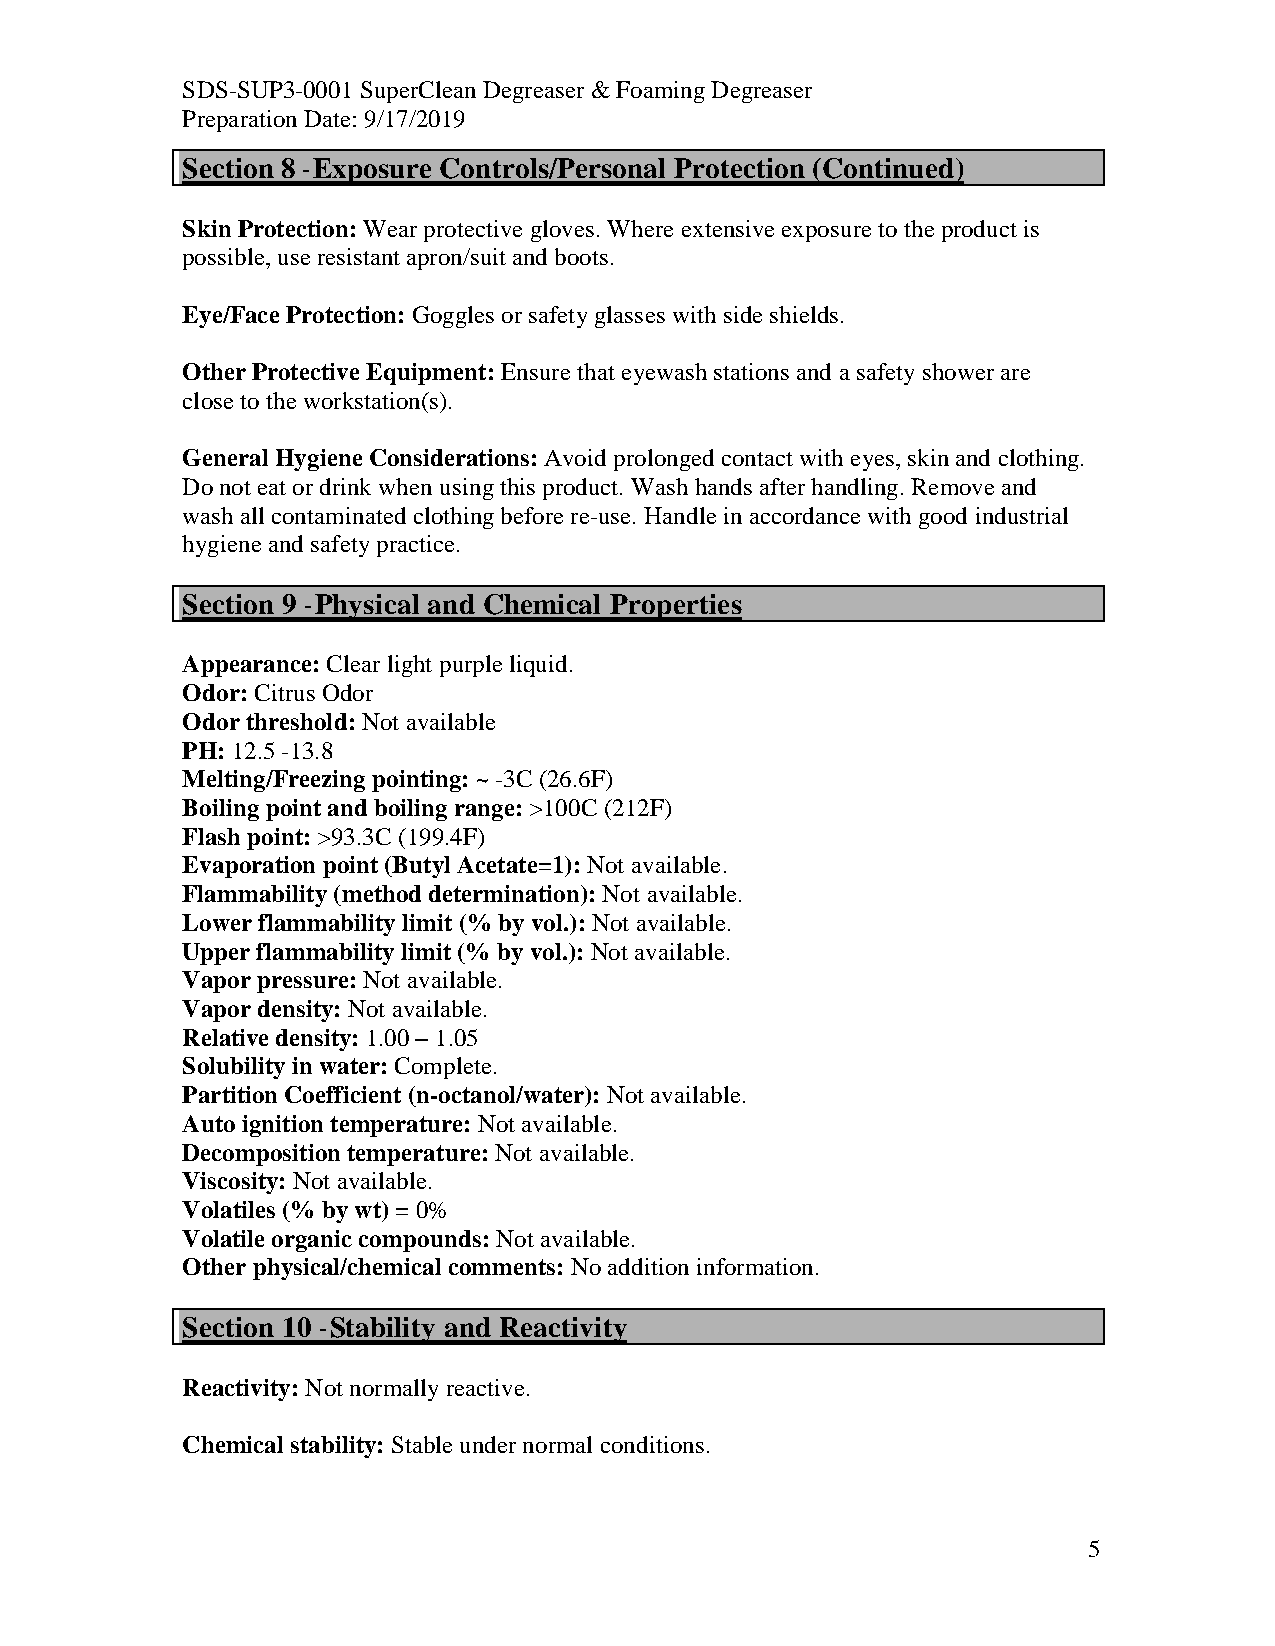
SDS-SUP3-0001 SuperClean Degreaser & Foaming Degreaser
 Preparation Date: 9/17/2019
 Section 8 – Exposure Controls/Personal Protection (Continued)
 Skin Protection: Wear protective gloves. Where extensive exposure to the product is
 possible, use resistant apron/suit and boots.
 Eye/Face Protection: Goggles or safety glasses with side shields.
 Other Protective Equipment: Ensure that eyewash stations and a safety shower are
 close to the workstation(s).
 General Hygiene Considerations: Avoid prolonged contact with eyes, skin and clothing.
 Do not eat or drink when using this product. Wash hands after handling. Remove and
 wash all contaminated clothing before re-use. Handle in accordance with good industrial
 hygiene and safety practice.
 Section 9 – Physical and Chemical Properties
 Appearance: Clear light purple liquid.
 Odor: Citrus Odor
 Odor threshold: Not available
 PH: 12.5 -13.8
 Melting/Freezing pointing: ~ -3C (26.6F)
 Boiling point and boiling range: >100C (212F)
 Flash point: >93.3C (199.4F)
 Evaporation point (Butyl Acetate=1): Not available.
 Flammability (method determination): Not available.
 Lower flammability limit (% by vol.): Not available.
 Upper flammability limit (% by vol.): Not available.
 Vapor pressure: Not available.
 Vapor density: Not available.
 Relative density: 1.00 – 1.05
 Solubility in water: Complete.
 Partition Coefficient (n-octanol/water): Not available.
 Auto ignition temperature: Not available.
 Decomposition temperature: Not available.
 Viscosity: Not available.
 Volatiles (% by wt) = 0%
 Volatile organic compounds: Not available.
 Other physical/chemical comments: No addition information.
 Section 10 – Stability and Reactivity
 Reactivity: Not normally reactive.
 Chemical stability: Stable under normal conditions.
 5